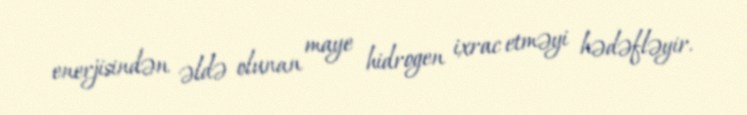
enerjisindən əldə olunan maye hidrogen ixrac etməyi hədəfləyir.